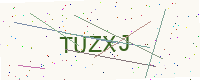
Text: TUZXJ